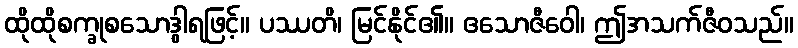
ထိုထိုစက္ခုစသောဒွါရဖြင့်။ ပဿတိ၊ မြင်နိုင်၏။ ဧသောဇီဝေါ၊ ဤအသက်ဇီဝသည်။